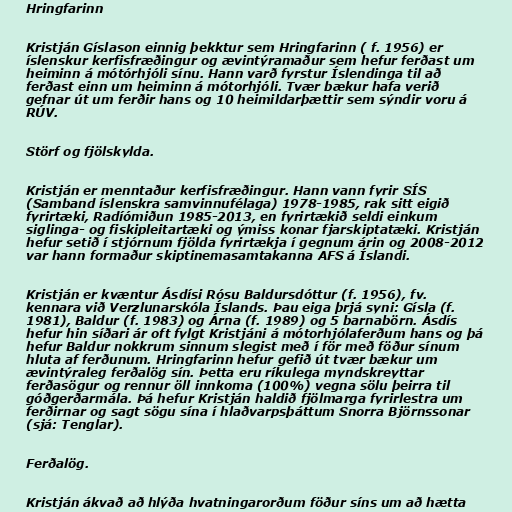
Hringfarinn

Kristján Gíslason einnig þekktur sem Hringfarinn ( f. 1956) er
íslenskur kerfisfræðingur og ævintýramaður sem hefur ferðast um
heiminn á mótórhjóli sínu. Hann varð fyrstur Íslendinga til að
ferðast einn um heiminn á mótorhjóli. Tvær bækur hafa verið
gefnar út um ferðir hans og 10 heimildarþættir sem sýndir voru á
RÚV.

Störf og fjölskylda.

Kristján er menntaður kerfisfræðingur. Hann vann fyrir SÍS
(Samband íslenskra samvinnufélaga) 1978-1985, rak sitt eigið
fyrirtæki, Radíómiðun 1985-2013, en fyrirtækið seldi einkum
siglinga- og fiskipleitartæki og ýmiss konar fjarskiptatæki. Kristján
hefur setið í stjórnum fjölda fyrirtækja í gegnum árin og 2008-2012
var hann formaður skiptinemasamtakanna AFS á Íslandi.

Kristján er kvæntur Ásdísi Rósu Baldursdóttur (f. 1956), fv.
kennara við Verzlunarskóla Íslands. Þau eiga þrjá syni: Gísla (f.
1981), Baldur (f. 1983) og Árna (f. 1989) og 5 barnabörn. Ásdís
hefur hin síðari ár oft fylgt Kristjáni á mótorhjólaferðum hans og þá
hefur Baldur nokkrum sinnum slegist með í för með föður sínum
hluta af ferðunum. Hringfarinn hefur gefið út tvær bækur um
ævintýraleg ferðalög sín. Þetta eru ríkulega myndskreyttar
ferðasögur og rennur öll innkoma (100%) vegna sölu þeirra til
góðgerðarmála. Þá hefur Kristján haldið fjölmarga fyrirlestra um
ferðirnar og sagt sögu sína í hlaðvarpsþáttum Snorra Björnssonar
(sjá: Tenglar).

Ferðalög.

Kristján ákvað að hlýða hvatningarorðum föður síns um að hætta